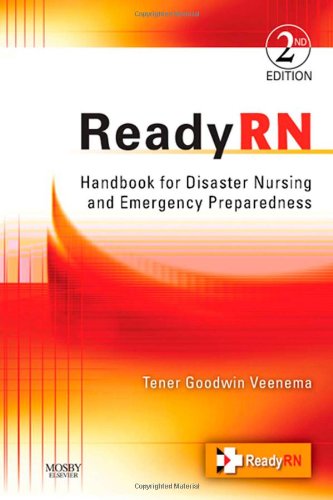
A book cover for ReadyRN: Handbook for Disaster Nursing and Emergency Preparedness, 2e; Tener Goodwin Veenema PhD  MPH  MS  CPNP  FNAP; Medical Books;